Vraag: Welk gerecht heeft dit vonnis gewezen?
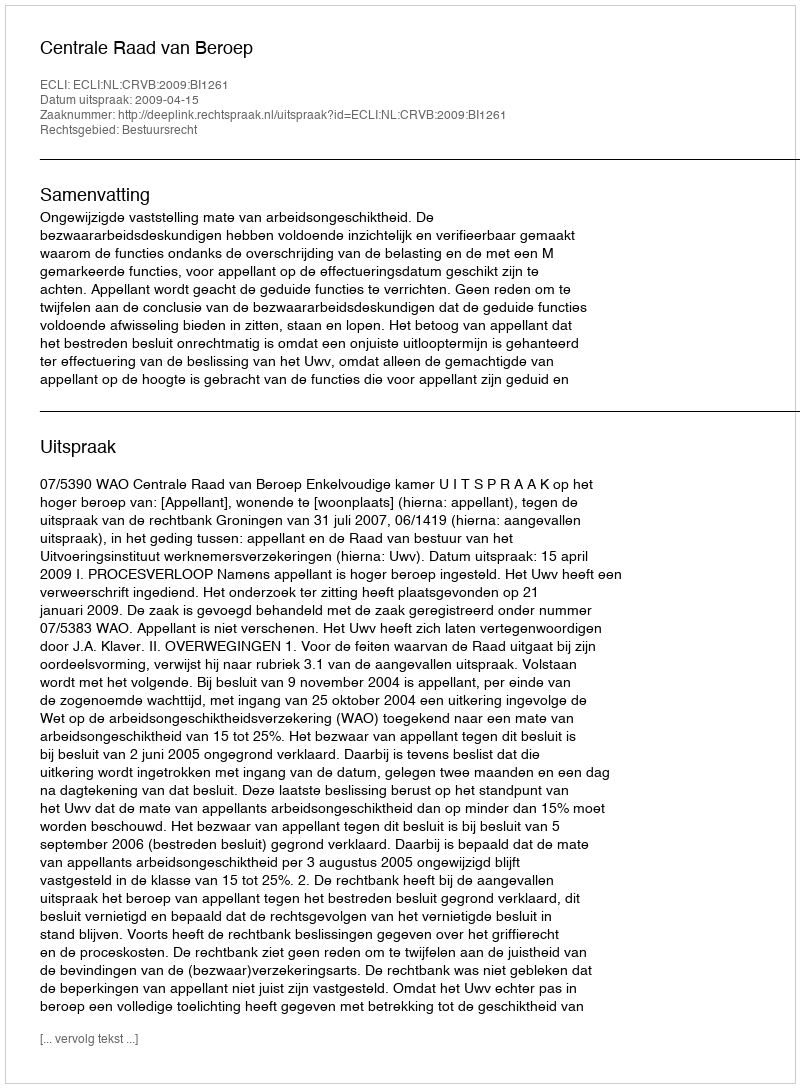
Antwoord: Centrale Raad van Beroep